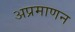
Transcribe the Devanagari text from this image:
अप्रमाणन